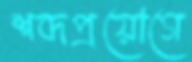
শব্দপ্রয়োগে